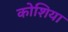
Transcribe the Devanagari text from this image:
कोशिया